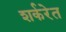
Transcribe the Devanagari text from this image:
शर्करेत